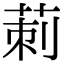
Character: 莿